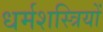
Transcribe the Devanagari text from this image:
धर्मशस्त्रियों